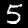
Label: 5